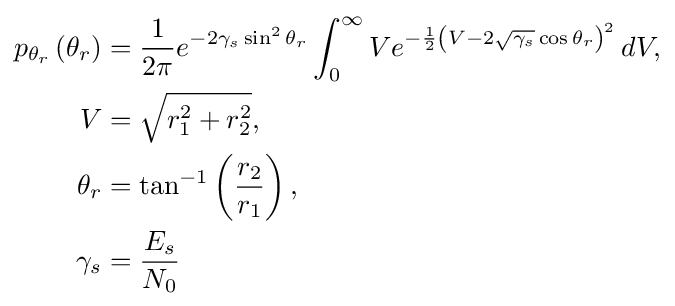
{\begin{aligned}p_{\theta _{r}}\left(\theta _{r}\right)&={\frac {1}{2\pi }}e^{-2\gamma _{s}\sin ^{2}\theta _{r}}\int _{0}^{\infty }Ve^{-{\frac {1}{2}}\left(V-2{\sqrt {\gamma _{s}}}\cos \theta _{r}\right)^{2}}\,dV,\\V&={\sqrt {r_{1}^{2}+r_{2}^{2}}},\\\theta _{r}&=\tan ^{-1}\left({\frac {r_{2}}{r_{1}}}\right),\\\gamma _{s}&={\frac {E_{s}}{N_{0}}}\end{aligned}}